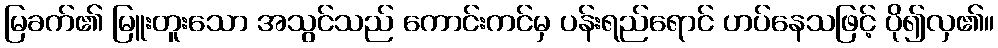
မြခက်၏ မြူးတူးသော အသွင်သည် ကောင်းကင်မှ ပန်းရည်ရောင် ဟပ်နေသဖြင့် ပို၍လှ၏။